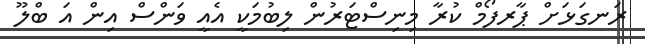
ރަނގަޅަށް ޕާރފޯމް ކުރާ މިނިސްޓަރުން ލިބުމަކީ އެއީ ވަންސް އިން އަ ބްލޫ